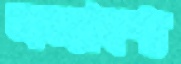
লভ্যাংশ্য